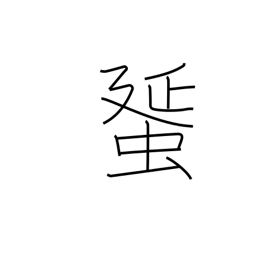
Meaning: egg